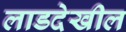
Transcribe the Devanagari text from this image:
लाडदेखील